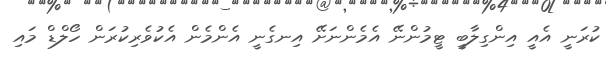
ކުރަނީ އެއީ އިންގިލާބީ ޓީމުންނޭ އެމެންނަށޭ އިނގެނީ އެންމެން އެކުވެރިކުރަން ހޯލްޑް މައި